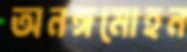
অনঙ্গমোহন